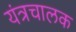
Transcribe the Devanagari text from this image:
यंत्रचालक